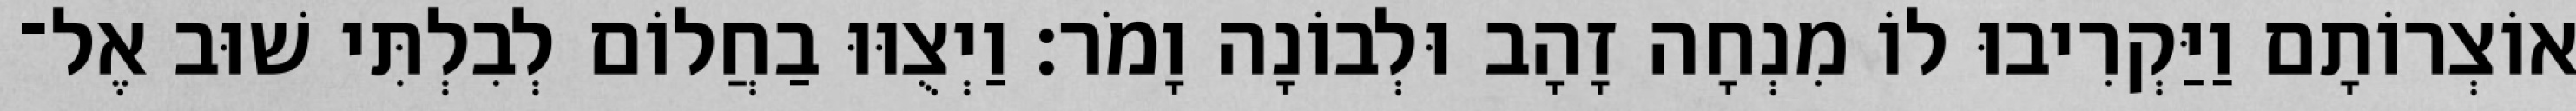
אוֹצְרוֹתָם וַיַּקְרִיבוּ לוֹ מִנְחָה זָהָב וּלְבוֹנָה וָמֹר׃ וַיְצֻוּוּ בַחֲלוֹם לְבִלְתִּי שׁוּב אֶל־